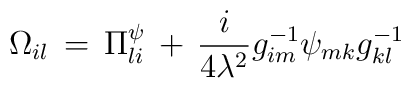
\Omega_{il}\,=\,\Pi^{\psi}_{li}\,+\,\frac{i}{4\lambda^{2}}g^{-1}_{im}\psi_{mk}g^{-1}_{kl}